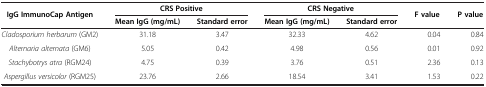
| IgG ImmunoCap Antigen | <COLSPAN=2> CRS Positive | <COLSPAN=2> CRS Negative | F value | P value |
 |  | Mean IgG (mg/mL) | Standard error | Mean IgG (mg/mL) | Standard error |  |  |
 | --- | --- | --- | --- | --- | --- | --- |
 | Cladosporium herbarum (GM2) | 31.18 | 3.47 | 32.33 | 4.62 | 0.04 | 0.84 |
 | Alternaria alternata (GM6) | 5.05 | 0.42 | 4.98 | 0.56 | 0.01 | 0.92 |
 | Stachybotrys atra (RGM24) | 4.75 | 0.39 | 3.76 | 0.51 | 2.36 | 0.13 |
 | Aspergillus versicolor (RGM25) | 23.76 | 2.66 | 18.54 | 3.41 | 1.53 | 0.22 |